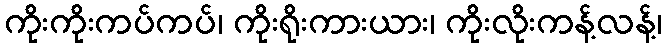
ကိုးကိုးကပ်ကပ်၊ ကိုးရိုးကားယား၊ ကိုးလိုးကန့်လန့်၊